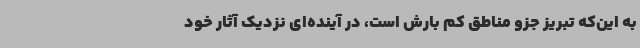
به این‌که تبریز جزو مناطق کم بارش است، در آینده‌ای نزدیک آثار خود